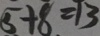
5 + 8 = 1 3